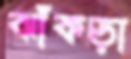
ঝাঁকড়া